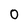
Character: 0